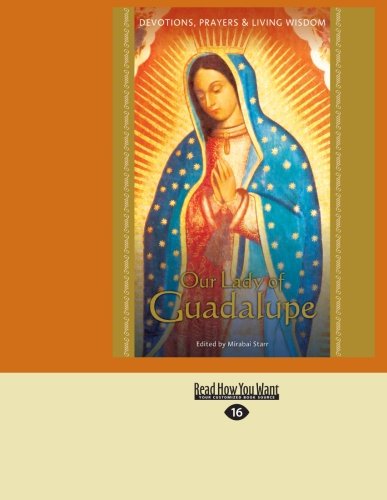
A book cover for Our Lady of Guadalupe: Devotions, Prayers & Living Wisdom; Mirabai Starr; Religion & Spirituality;